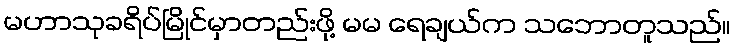
မဟာသုခရိပ်မြိုင်မှာတည်းဖို့ မမ ရေချယ်က သဘောတူသည်။